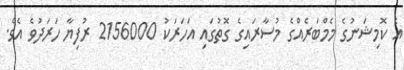
އެ ކޮމިޝަނުގެ މެމްބަރެއްގެ މުސާރައިގެ ގޮތުގައި އަހަރަކު 2156000 ރުފިޔާ ހަރަދުވެ އެވެ.